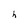
Character: h